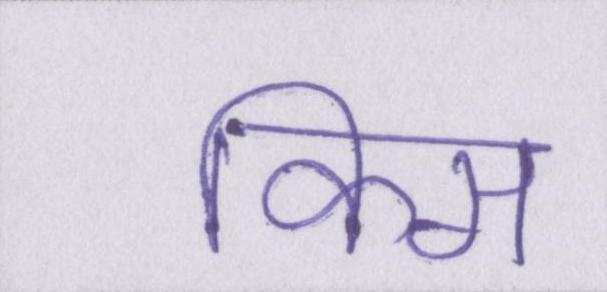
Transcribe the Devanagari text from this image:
किस